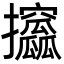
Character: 攨